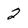
Character: 2